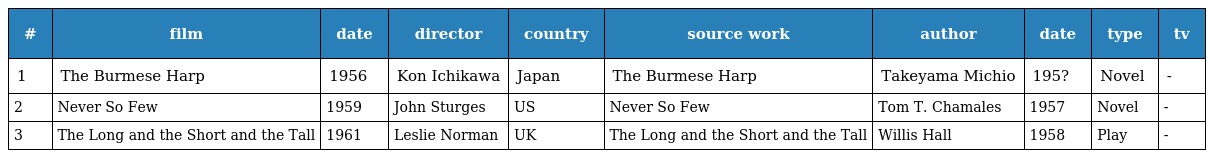
| # | film | date | director | country | source work | author | date | type | tv |
 | --- | --- | --- | --- | --- | --- | --- | --- | --- | --- |
 | 1 | The Burmese Harp | 1956 | Kon Ichikawa | Japan | The Burmese Harp | Takeyama Michio | 195? | Novel | - |
 | 2 | Never So Few | 1959 | John Sturges | US | Never So Few | Tom T. Chamales | 1957 | Novel | - |
 | 3 | The Long and the Short and the Tall | 1961 | Leslie Norman | UK | The Long and the Short and the Tall | Willis Hall | 1958 | Play | - |